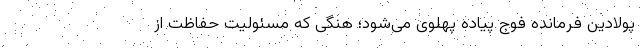
پولادین فرمانده فوج پیاده پهلوی می‌شود؛ هنگی که مسئولیت حفاظت از